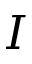
I